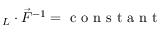
\boldsymbol { \mathbf { \ell } } _ { L } \cdot \vec { F } ^ { - 1 } = \mathrm { ~ c ~ o ~ n ~ s ~ t ~ a ~ n ~ t ~ }